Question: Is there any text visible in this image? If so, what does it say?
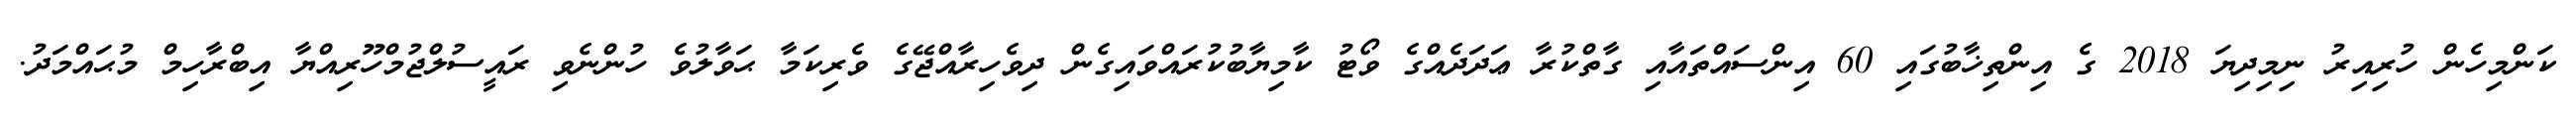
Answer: ކަންމިހެން ހުރިއިރު ނިމިދިޔަ 2018 ގެ އިންތިޚާބުގައި 60 އިންސައްތައާއި ގާތްކުރާ ޢަދަދެއްގެ ވޯޓު ކާމިޔާބުކުރައްވައިގެން ދިވެހިރާއްޖޭގެ ވެރިކަމާ ޙަވާލުވެ ހުންނެވި ރައީސުލްޖުމްހޫރިއްޔާ އިބްރާހިމް މުޙައްމަދު.